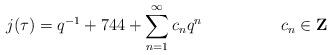
LaTeX: \begin{align*}j(\tau)=q^{-1}+744+\sum_{n=1}^{\infty} c_{n}q^{n} \hspace{2cm} c_n \in{\bf Z}\end{align*}